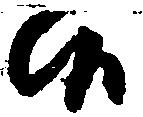
候